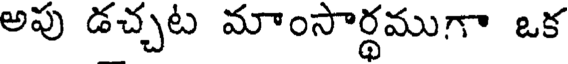
అపు డచ్చట మాంసార్థముగా ఒక